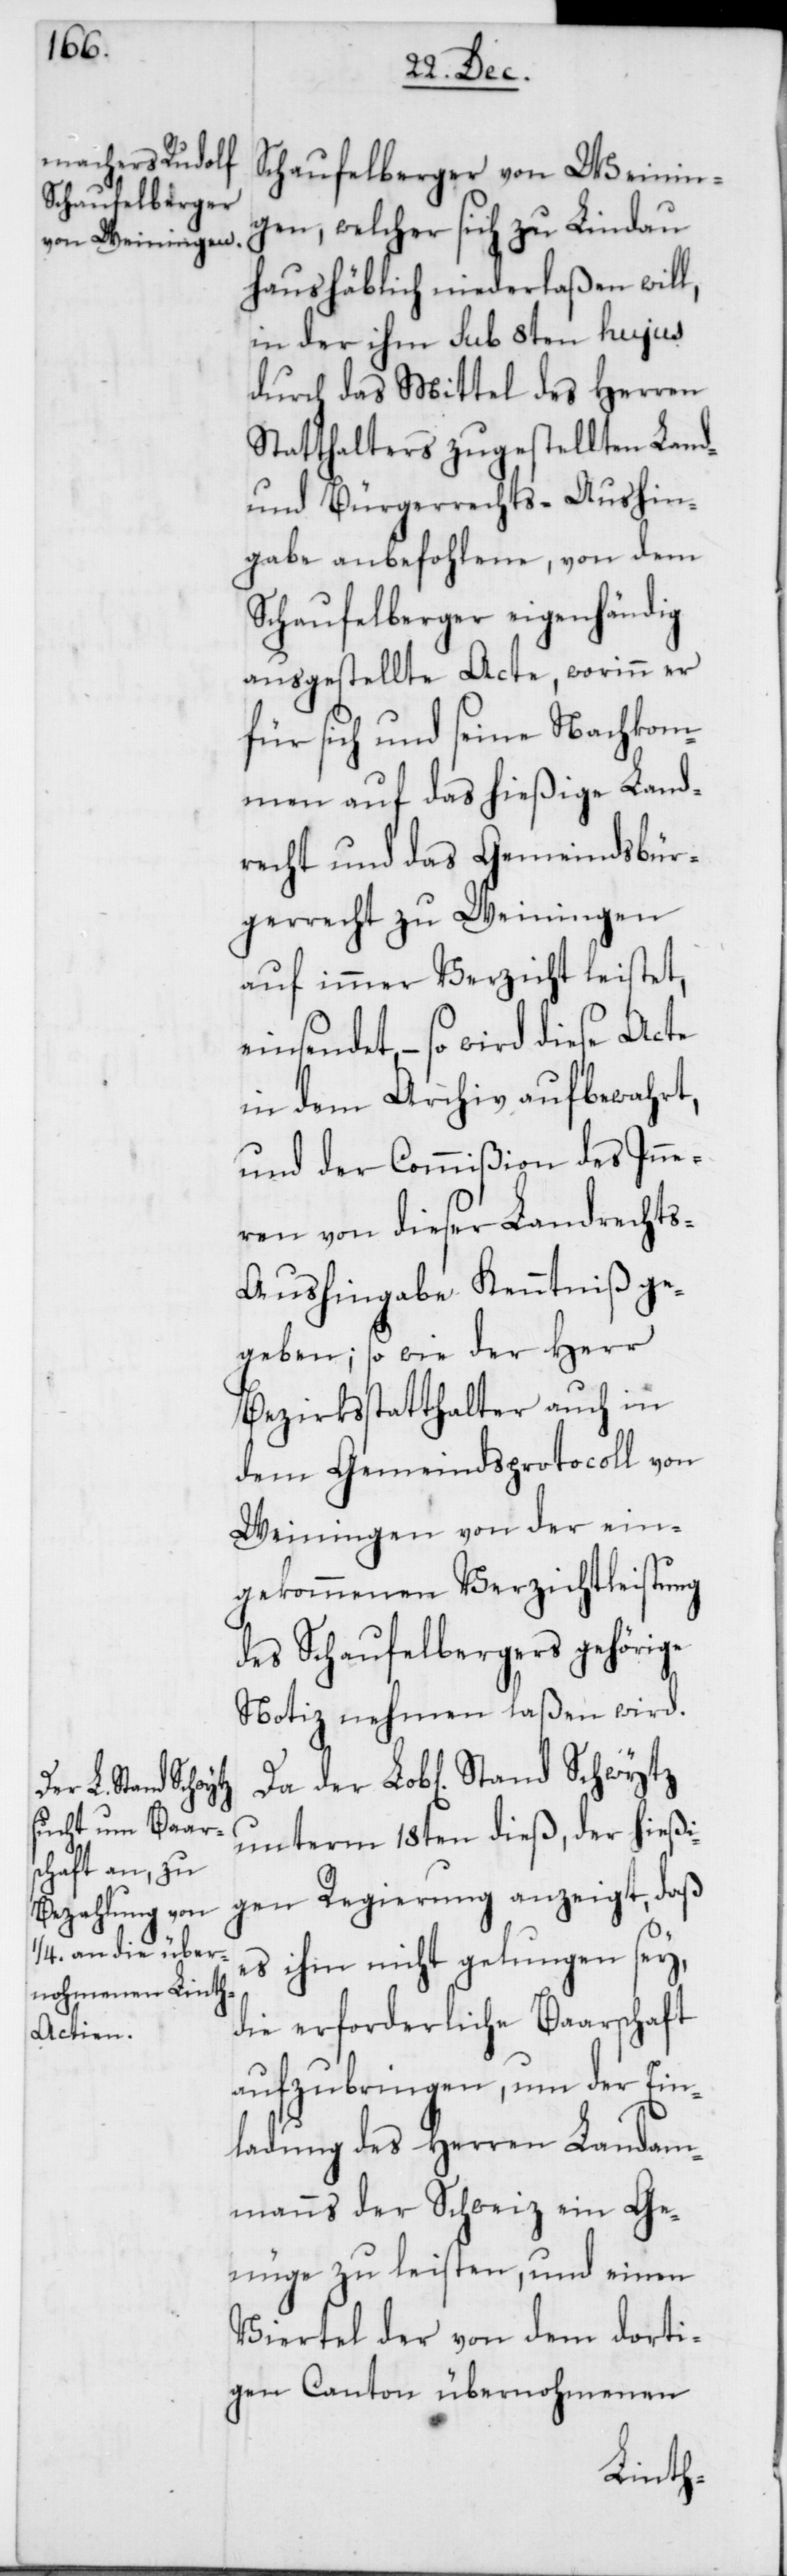
Stand Schwytz

Schaufelberger von Weinin¬
gen, welcher sich zu Lindau
haushäblich niederlaßen will,
in der ihm sub 8ten hujus
durch das Mittel des Herren
Statthalters zugestellten Land-
und Bürgerrechts-Aushin¬
gabe anbefohlene, von dem
Schaufelberger eigenhändig
ausgestellte Acte, worinn er
für sich und seine Nachkom¬
men auf das hießige Land¬
recht und das Gemeindsbür¬
gerrecht zu Weiningen
auf immer Verzicht leistet,
einsendet, – so wird diese Acte
in dem Archiv aufbewahrt,
und der Commißion des Inne¬
ren von dieser Landrecht¬
s-Aushingabe Kenntniß ge¬
geben; so wie der Herr
Bezirksstatthalter auch in
dem Gemeindsprotocoll von
Weiningen von der ein¬
gekommenen Verzichtleistung
des Schaufelbergers gehörige
Notiz nehmen laßen wird.
unterm 18ten dieß, der hießi¬
gen Regierung anzeigt, daß
es ihm nicht gelungen sey,
die erforderliche Baarschaft
aufzubringen, um der Ein¬
ladung des Herren Landam¬
manns der Schweiz ein Ge¬
nüge zu leisten, und einen
Viertel der von dem dorti¬
gen Canton übernohmenen